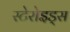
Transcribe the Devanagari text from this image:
स्टेरोइड्स